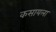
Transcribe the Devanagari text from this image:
कसायला